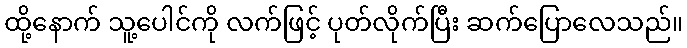
ထို့နောက် သူ့ပေါင်ကို လက်ဖြင့် ပုတ်လိုက်ပြီး ဆက်ပြောလေသည်။